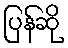
ပြန်ဆို